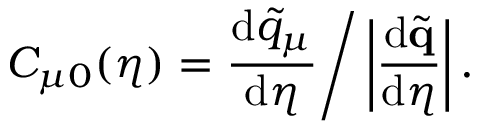
C _ { \mu 0 } ( \eta ) = \frac { \mathrm { d } \tilde { q } _ { \mu } } { \mathrm { d } \eta } \Bigg / \left| \frac { \mathrm { d } \tilde { \mathbf { q } } } { \mathrm { d } \eta } \right| .